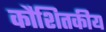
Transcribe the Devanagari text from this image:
कौशितकीय